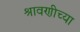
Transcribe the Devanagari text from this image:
श्रावणीच्या